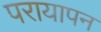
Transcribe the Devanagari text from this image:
परायापन